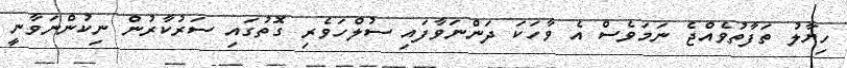
ހިޔާލު ތަފާތުވެއްޖެ ނަމަވެސް އެ ވާހަކަ ދަންނަވާފައި ސުލްހަވެރި ގޮތުގައި ސަރުކާރުން ނިކުންނަވާނީ